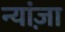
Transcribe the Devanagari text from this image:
न्यांज़ा